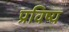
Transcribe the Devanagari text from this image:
प्रविष्य